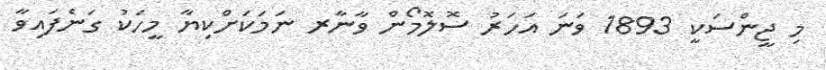
މި ޖީންސަކީ 1893 ވަނަ އަހަރު ސޮލޮމޯން ވާނާރ ނަމަކަށްކިޔާ މީހަކު ގަނެފައިވާ